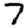
Digit: 7